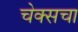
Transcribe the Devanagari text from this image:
चेक्सचा